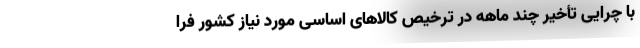
با چرایی تأخیر چند ماهه در ترخیص کالاهای اساسی مورد نیاز کشور فرا